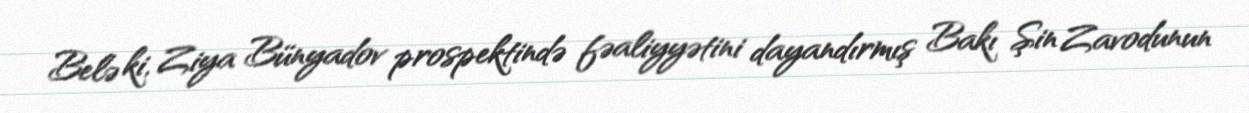
Belə ki, Ziya Bünyadov prospektində fəaliyyətini dayandırmış Bakı Şin Zavodunun